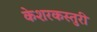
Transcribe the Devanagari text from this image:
केशरकस्तुरी